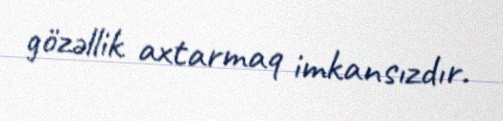
gözəllik axtarmaq imkansızdır.